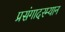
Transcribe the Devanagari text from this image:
प्रसंगादरम्यान